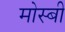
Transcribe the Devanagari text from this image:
मोस्बी